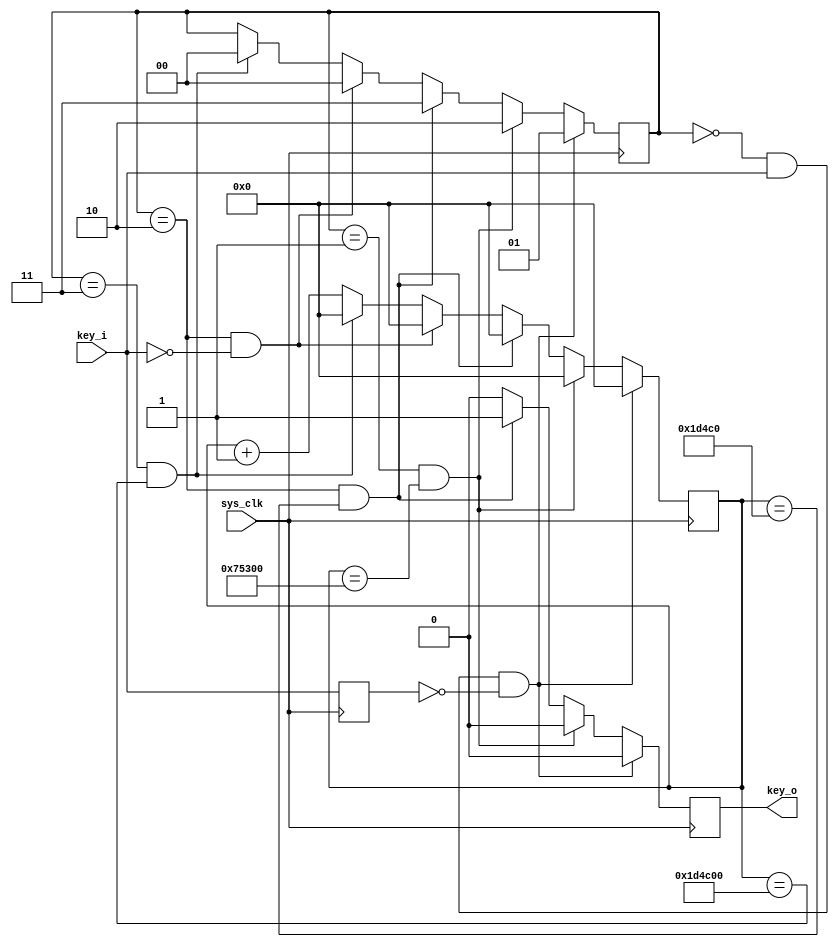
//`timescale 1ns / 1ps
`timescale 1ns/1ns
//////////////////////////////////////////////////////////////////////////////////
// Company: 
// Engineer: 
// 
// Design Name: 
// Module Name: KEY_DEBOUNCE_DETECT
// Project Name: 
// Target Devices: 
// Tool Versions: 
// Description: 
// 
// Dependencies: 
// 
// Revision:
// Revision 0.01 - File Created
// Additional Comments:
// 
//////////////////////////////////////////////////////////////////////////////////


module KEY_DEBOUNCE_DETECT(
    input sys_clk,   //    
    input key_i,     // 
    output reg key_o     // 
    );
    
    parameter WAIT_TIME = 480000;  // WAIT_TIME
    parameter DISABLE_TIME = 1920000;  // DISABLE_TIME
    parameter STABLE_TIME = 120000;   // STABLE_TIME
    parameter BITS = 21;   // 
    
    reg [1:0] state;   // 
    // state = 0 -> 
    // state = 1 -> 
    // state = 2 -> STABLE_TIME
    // state = 3 -> 
    reg [BITS-1:0] count;   // 
    reg key_i_temp;         // 

    initial state <= 0;
    initial key_o <= 0;
    
    always @ (posedge sys_clk) begin
        key_i_temp <= key_i;
    end

    always @ (posedge sys_clk) begin
        if (state == 0 && key_i == 1 && key_i_temp == 0) begin
            state <= 1;
            count <= 0;
            key_o <= 0;
        end
        else if (state == 1 && count == WAIT_TIME) begin
            state <= 2;
            count <= 0;
            key_o <= 0;
        end
        else if (state == 2 && count == STABLE_TIME) begin
            state <= 3;
            count <= 0;
            key_o <= 1;
        end
        else if (state == 2 && key_i == 0) begin
            state <= 0;
            count <= 0;
            key_o <= 0;
        end 
        else if (state == 3 && count == DISABLE_TIME) begin
            state <= 0;
            count <= 0;
            key_o <= 0;
        end
        else begin
            state <= state;
            key_o <= 0;
            count <= count + 1;
        end
    end

endmodule